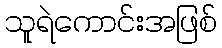
သူရဲကောင်းအဖြစ်